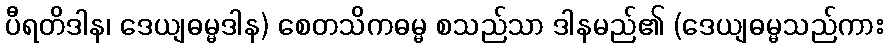
ပီရတိဒါန၊ ဒေယျဓမ္မဒါန) စေတသိကဓမ္မ စသည်သာ ဒါနမည်၏ (ဒေယျဓမ္မသည်ကား